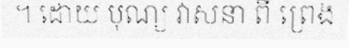
។ ដោយ បុណ្យ វាសនា ពី ព្រេង